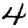
Digit: 4